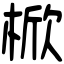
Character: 𣔙